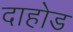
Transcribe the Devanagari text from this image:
दाहोड